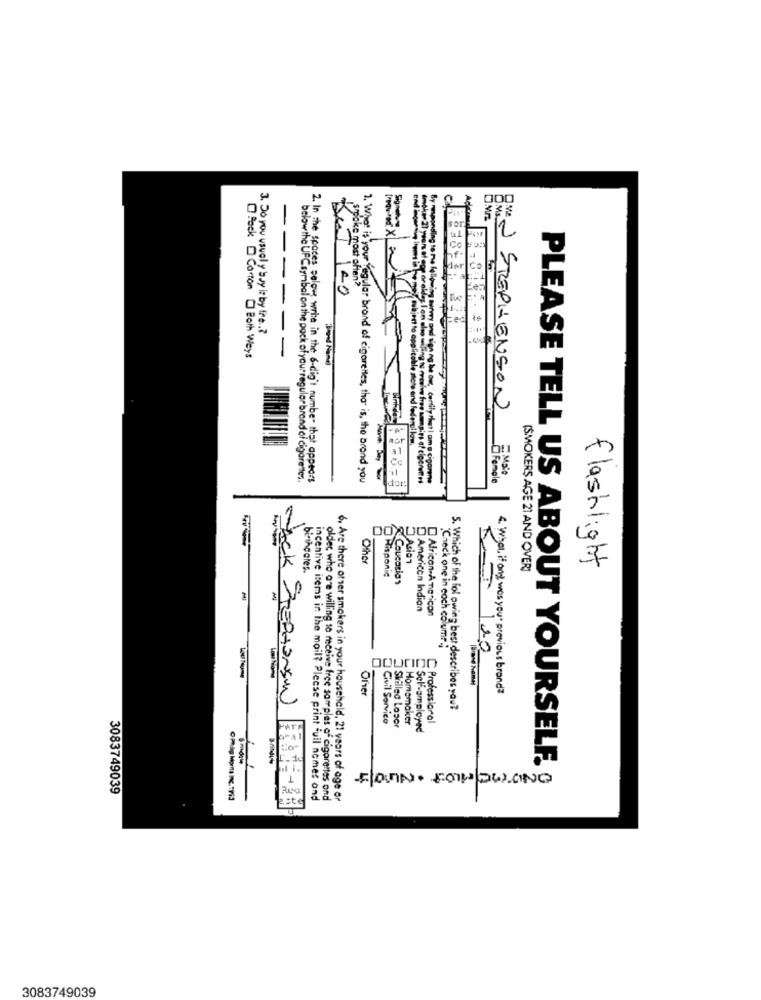
Signature
Ket 100
spoke most often"
ndling to me following
-----
3. Do you usuel y buy ir by fre ..?
Pock Carton Both Ways
EMIN STEPHENSON
item in the mes, subject to applicable state and ledergi low.
"belowthe UFC symbol on the pack of your regular brand of cigarettes.
2. In the spaces polowy wrhe in the 6-dig's number that appears
1. What is your regular brand of cigarettes, that is, the arand you
ding to the following surry and sign og be ow, " contily that I am a ciporene
-a Female
Maio
002000
Other
Asian
(SMOKERS AGE 21 AND OVER]
flashlight
Hispanic
RCaucasian
American Indian
African-American
"Check one in coch colums .;
Ofer
4. What, if on wos you" previous brond?
5. Which of the fol owing best describes you?
Civil Service
Homemaker
Professional
Skilled Lapor
Self-amployed
PLEASE TELL US ABOUT YOURSELF.
3083749039
incentive items in the moil? Please print -uil nomes and
oldec who are willing so receive free samples of cigarettes ond
6. Are there ofser smokers in your household, 21 years of age or
PACK STEPHONSINN THE-
3083749039